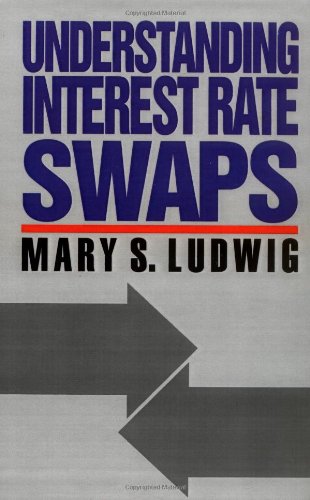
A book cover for Understanding Interest Rate Swaps; Mary Ludwig; Business & Money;